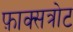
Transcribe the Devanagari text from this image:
फ़ाक्सत्रोट